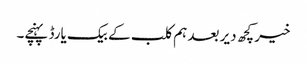
خیر کچھ دیر بعد ہم کلب کے بیک یارڈ پہنچے۔